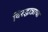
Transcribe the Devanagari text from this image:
विरुद्धान्नाचा